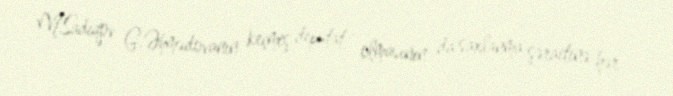
M.Sadıqov G.Əhmədovanın keçmiş deputat olmasının da saxlanma şəraitinə hər